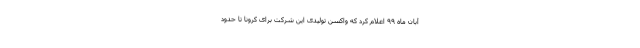
آبان ماه ۹۹ اعلام کرد که واکسن تولیدی این شرکت برای کرونا تا حدود